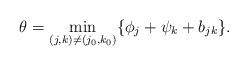
LaTeX: \begin{align*}\theta = \min_{(j,k) \neq (j_0,k_0)} \{ \phi_j + \psi_k + b_{jk} \}.\end{align*}